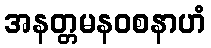
အနတ္တမနဝစနာဟံ